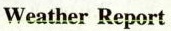
Weather Report